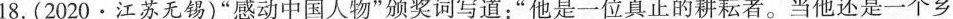
18.(2020 · 江苏无锡)”感动中国人物”颁奖词写道：”他是一位真正的耕耘者。当他还是一个乡